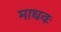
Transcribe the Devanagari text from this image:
माधवः